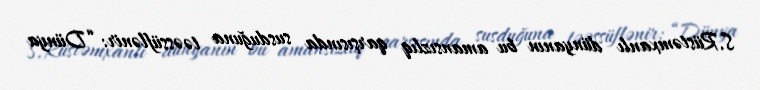
S.Rüstəmxanlı dünyanın bu amansızlıq qarşısında susduğuna təəssüflənir: “Dünya